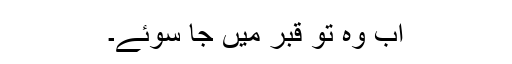
اب وہ تو قبر میں جا سوئے۔